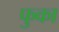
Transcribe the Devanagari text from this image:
फुका